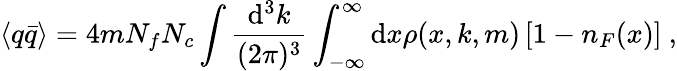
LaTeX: \langle q\bar{q}\rangle=4mN_{f}N_{c}\int\frac{\mathrm{d}^{3}k}{(2\pi)^{3}}\int_{-\infty}^{\infty}\mathrm{d}x\rho(x,k,m)\left[1-n_{F}(x)\right]\ ,